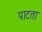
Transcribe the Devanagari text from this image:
पाटता